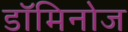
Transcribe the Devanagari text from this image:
डॉमिनोज